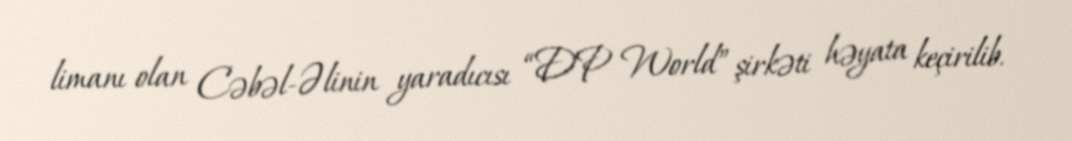
limanı olan Cəbəl-Əlinin yaradıcısı “DP World” şirkəti həyata keçirilib.